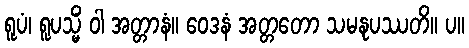
ရူပံ၊ ရူပသ္မိံ ဝါ အတ္တာနံ။ ဝေဒနံ အတ္တတော သမနုပဿတိ။ ပ။